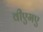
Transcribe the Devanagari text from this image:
वीएमए